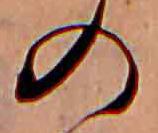
の